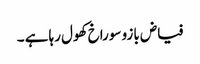
فیاض بازو سوراخ کھول رہا ہے ۔